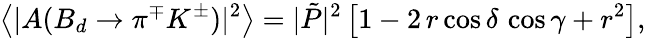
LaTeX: \left\langle|A(B_{d}\to\pi^{\mp}K^{\pm})|^{2}\right\rangle=|\tilde{P}|^{2}\left[1-2\, r\cos\delta\, \cos\gamma+r^{2}\right],